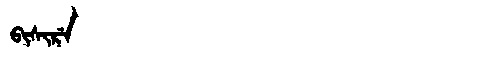
Manchu: ᠪᡳᠰᡳᡵᡝ
Romanization: BISIRE